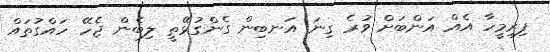
ފިރިމީހާ އެއް އަންބަށް ވުރެ ގިނަ އަނބިން ގެންގުޅޭތީ ލިބެން ޖެހޭ ހައްގުތައް